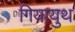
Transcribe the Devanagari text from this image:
गियायुथ